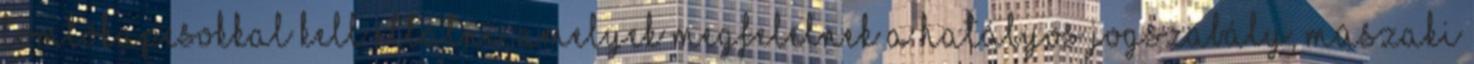
tömlõkapcsokkal kell ellátni, amelyek megfelelnek a hatályos jogszabály, mûszaki